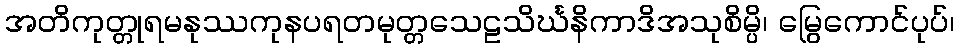
အတိကုတ္တုရမနုဿကုနပရတမုတ္တသေဠသိင်္ဃနိကာဒိအသုစိမ္ပိ၊ မြွေကောင်ပုပ်၊